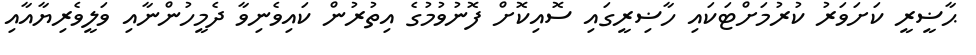
ޙާޟީރީ ކަށަވަރު ކުރުމަށްޓަކައި ހާޟިރީގައި ސޮއިކޮށް ފޮނުވުމުގެ އިތުރުން ކައިވެނިވާ ދެމީހުންނާއި ވަލީވެރިޔާއާއި